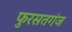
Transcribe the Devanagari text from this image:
फुरसतगंज